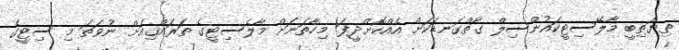
ތިޔަތިބީ މާލޭސިޓީކައުންސިލް ގާތްގަނޑަކަށް އެއްކޮށްދީފަ! މިހާތަނަށް މާލެސިޓީގެ ތަރައްޤިއަށް ނުވަތަ މި ސިޓީގެ